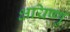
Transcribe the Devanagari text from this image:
क्षयिष्णु